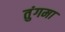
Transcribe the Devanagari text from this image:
तुंगमा